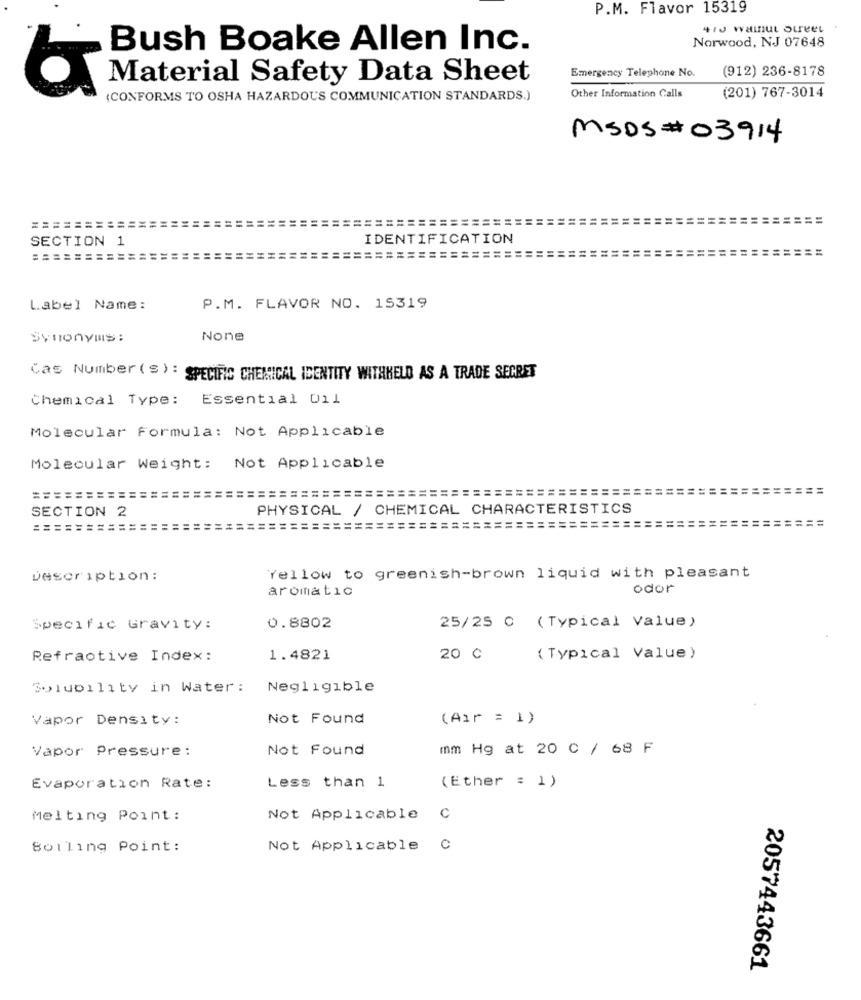
P.M. Flavor 15319
410 walnut oireet .
Norwood, NJ 07648
Bush Boake Allen Inc.
Emergency Telephone No.
(912) 236-8178
Material Safety Data Sheet
Other Information Calls
(201) 767-3014
(CONFORMS TO OSHA HAZARDOUS COMMUNICATION STANDARDS.)
MSDS# 03914
===
==
===============
=========
SECTION 1
IDENTIFICATION
====
============
===========
Label Name:
P.M. FLAVOR NO. 15319
Synonyms:
Cas Number ( = ) : SPECIFIC CHEMICAL IDENTITY WITHHELD AS A TRADE SECRET
Chemical Type:
Essential 011
Molecular Formula: Not Applicable
Molecular Weight:
Not Applicable
=========================================================
PHYSICAL / CHEMICAL CHARACTERISTICS
SECTION 2
==========
====
===
Description :
Yellow to greenish-brown liquid with pleasant
aromatic
odor
Specific Gravity:
0.8802
25/25 C ( Typical Value)
Refractive Index:
1.4821
20 C
(Typical Value)
Solubility in Water:
Negligible
Vapor Density:
Not Found
(Air = 1)
Vapor Pressure:
Not Found
mm Hg at 20 C / 68 F
(Ether : 1)
Evaporation Rate:
Less than 1
Melting Point:
Not Applicable
C
Boiling Point:
Not Applicable
C
2057443661